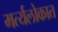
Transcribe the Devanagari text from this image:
मर्त्यलोकात